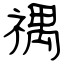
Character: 禑